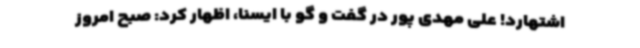
اشتهارد! علی مهدی پور در گفت و گو با ایسنا، اظهار کرد: صبح امروز